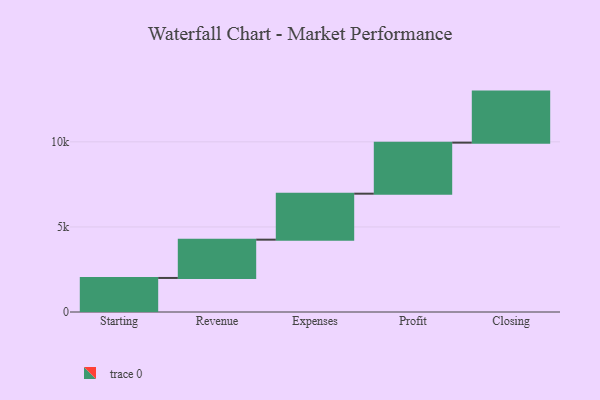
{"axis": {"x": "Step", "y": "Value"}, "legend": [""], "data": [{"x": "Starting", "y": 2001.0, "type": ""}, {"x": "Revenue", "y": 2251.0, "type": ""}, {"x": "Expenses", "y": 2703.0, "type": ""}, {"x": "Profit", "y": 3000, "type": ""}, {"x": "Closing", "y": 3000, "type": ""}]}